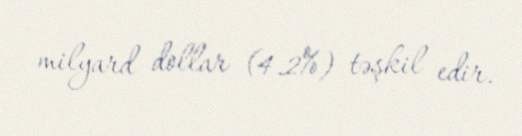
milyard dollar (4.2%) təşkil edir.